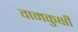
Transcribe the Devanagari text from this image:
वामकुक्षी